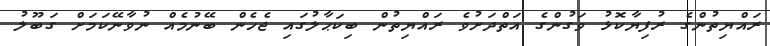
ރައްޔިތުންގެ ރުފިޔާކޮޅު ވަގުންގެ އަތްދަށުވެ ރައްޔިތުން ބިކަޙާލުގައި ޖެހެން ބޭނުމެއް ނުވާނޭކަމަށް ގަބޫލު